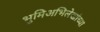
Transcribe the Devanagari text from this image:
भुमिअभिलेखांच्या